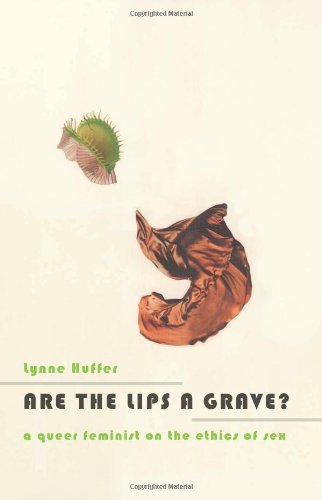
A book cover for Are the Lips a Grave?: A Queer Feminist on the Ethics of Sex; Lynne Huffer; Gay & Lesbian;